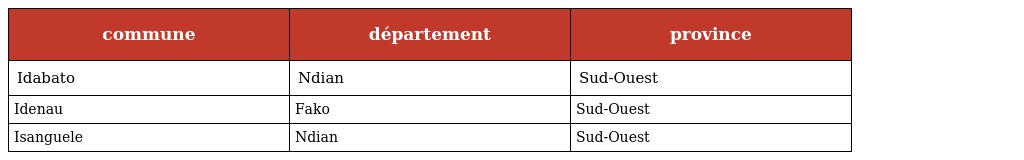
| commune | département | province |
 | --- | --- | --- |
 | Idabato | Ndian | Sud-Ouest |
 | Idenau | Fako | Sud-Ouest |
 | Isanguele | Ndian | Sud-Ouest |